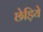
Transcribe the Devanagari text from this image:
छेड़िये